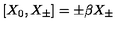
[ X _ { 0 } , X _ { \pm } ] = \pm \beta X _ { \pm }